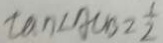
\tan \angle A C B = \frac { 1 } { 2 }